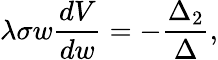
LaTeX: \lambda\sigma w\frac{dV}{dw}=-\frac{\Delta_{2}}{\Delta},